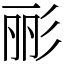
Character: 彨